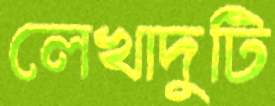
লেখাদুটি